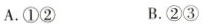
A.①② B.②③